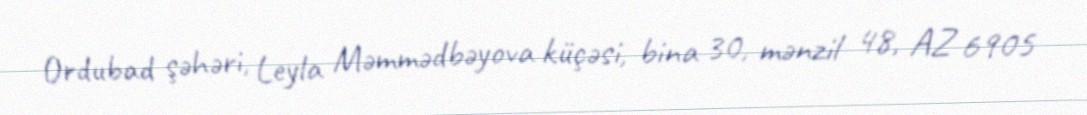
Ordubad şəhəri, Leyla Məmmədbəyova küçəsi, bina 30, mənzil 48, AZ 6905